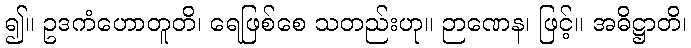
၍။ ဥဒကံဟောတူတိ၊ ရေဖြစ်စေ သတည်းဟု။ ဉာဏေန၊ ဖြင့်။ အဓိဋ္ဌာတိ၊